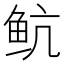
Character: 𱇘